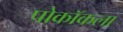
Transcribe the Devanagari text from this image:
पोकॉकला